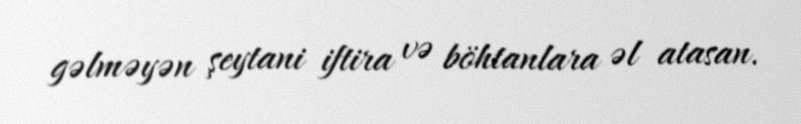
gəlməyən şeytani iftira və böhtanlara əl atasan.